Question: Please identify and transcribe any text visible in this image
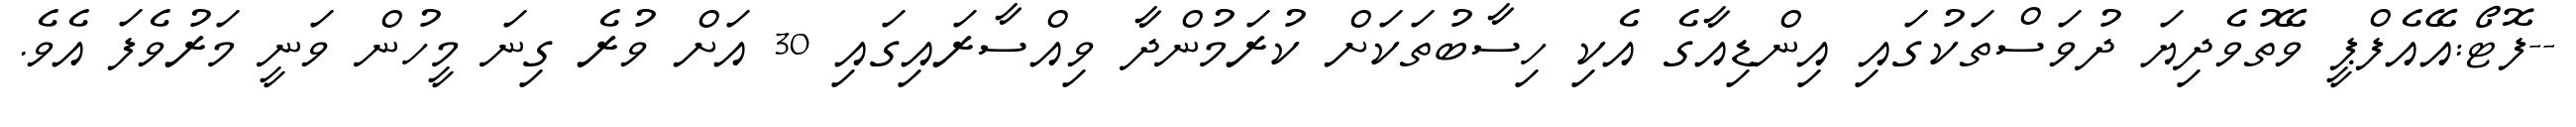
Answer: --ފޮޓޯ:އޭއެފްޕީ ވޭތުވެދިޔަ ދުވަސްތަކުގައި އިންޑިއާގެ އެކި ހިސާބުތަކަށް ކުރަމުންދާ ވިއްސާރައިގައި 30 އަށް ވުރެ ގިނަ މީހުން ވަނީ މަރުވެފަ އެވެ.